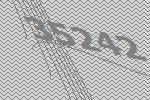
35242